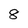
Character: 8